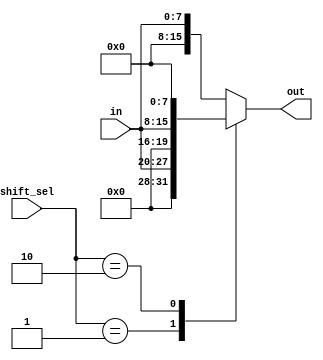
`timescale 1ns / 1ns
//////////////////////////////////////////////////////////////////////////////////
// Company: 
// Engineer: 
// 
// Design Name: 
// Module Name: shifter
// Project Name: 
// Target Devices: 
// Tool Versions: 
// Description: 
// 
// Dependencies: 
// 
// Revision:
// Revision 0.01 - File Created
// Additional Comments:
// 
//////////////////////////////////////////////////////////////////////////////////


module shifter(
 output reg [15:0] out,
 input [7:0] in,
 input [1:0] shift_sel
    );

always @ (*)
 begin
  case (shift_sel)
   2'b01 : out = in <<4;
   2'b10 : out = in <<8;
   default : out = in;
  endcase
 end


endmodule